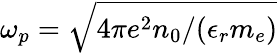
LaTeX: \omega_{p}=\sqrt{4\pi e^{2}n_{0}/(\epsilon_{r}m_{e})}